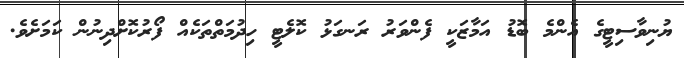
ޔުނިވާސިޓީގެ އެންމެ ބޮޑު އަމާޒަކީ ފެންވަރު ރަނގަޅު ކޮލެޓީ ހިދުމަތްތަކެއް ފޯރުކޮށްދިނުން ކަމަށެވެ.